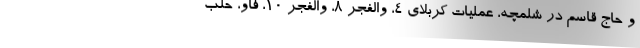
و حاج قاسم در شلمچه، عملیات کربلای ۴، والفجر ۸، والفجر ۱۰، فاو، حلب